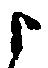
よ